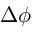
\Delta \phi